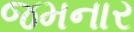
જમનાર